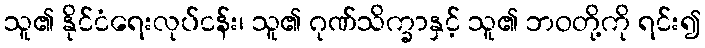
သူ၏ နိုင်ငံရေးလုပ်ငန်း၊ သူ၏ ဂုဏ်သိက္ခာနှင့် သူ၏ ဘဝတို့ကို ရင်း၍